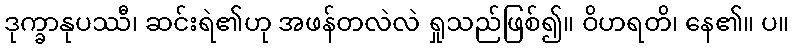
ဒုက္ခာနုပဿီ၊ ဆင်းရဲ၏ဟု အဖန်တလဲလဲ ရှုသည်ဖြစ်၍။ ဝိဟရတိ၊ နေ၏။ ပ။